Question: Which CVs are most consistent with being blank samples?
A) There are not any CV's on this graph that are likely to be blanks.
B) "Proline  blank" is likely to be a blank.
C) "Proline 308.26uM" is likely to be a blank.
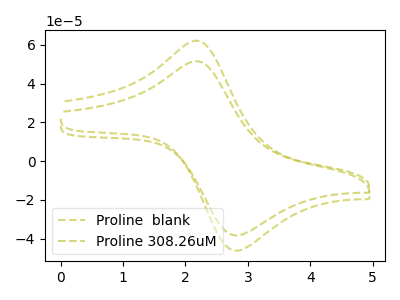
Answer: <think>The olive dashed curve "Proline  blank" has an anodic peak at (2.15V, 62.20uA) and a cathodic peak at (2.80V, -46.30uA). The olive dashed curve "Proline 308.26uM" has an anodic peak at (2.15V, 51.60uA) and a cathodic peak at (2.80V, -38.40uA).</think>
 <answer>A) There are not any CV's on this graph that are likely to be blanks.</answer>
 <eval>A</eval>